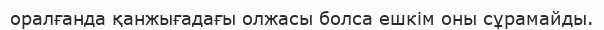
оралғанда қанжығадағы олжасы болса ешкім оны сұрамайды.